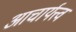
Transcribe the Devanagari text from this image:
आचार्यत्त्व